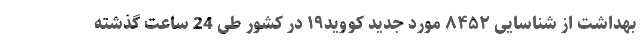
بهداشت از شناسایی ۸۴۵۲ مورد جدید کووید۱۹ در کشور طی 24 ساعت گذشته